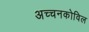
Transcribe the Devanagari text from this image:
अच्चनकोविल